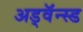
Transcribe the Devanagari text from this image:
अड्वॅन्स्ड